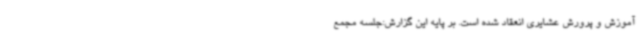
آموزش و پرورش عشایری انعقاد شده است. بر پایه این گزارش:جلسه مجمع